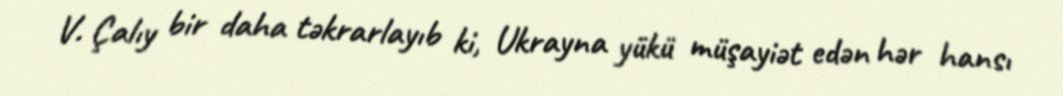
V. Çalıy bir daha təkrarlayıb ki, Ukrayna yükü müşayiət edən hər hansı